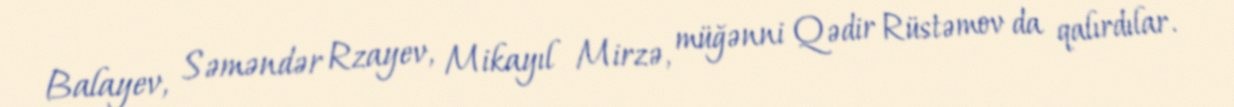
Balayev, Səməndər Rzayev, Mikayıl Mirzə, müğənni Qədir Rüstəmov da qalırdılar.